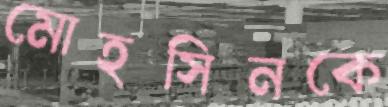
মোহসিনকে